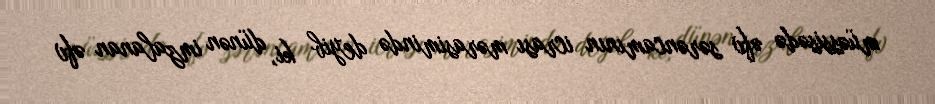
müəssisədə əfv sərəncamının icrası mərasimində deyib ki, dünən imzalanan əfv